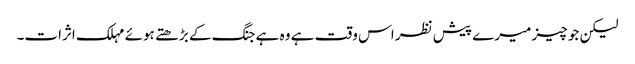
لیکن جو چیز میرے پیش نظر اس وقت ہے وہ ہے جنگ کے بڑھتے ہوئے مہلک اثرات۔